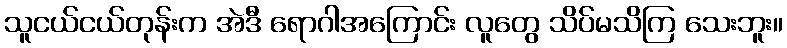
သူငယ်ငယ်တုန်းက အဲဒီ ရောဂါအကြောင်း လူတွေ သိပ်မသိကြ သေးဘူး။